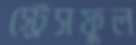
স্ট্রেসফুল